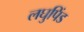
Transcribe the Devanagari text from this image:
लघुपिंड